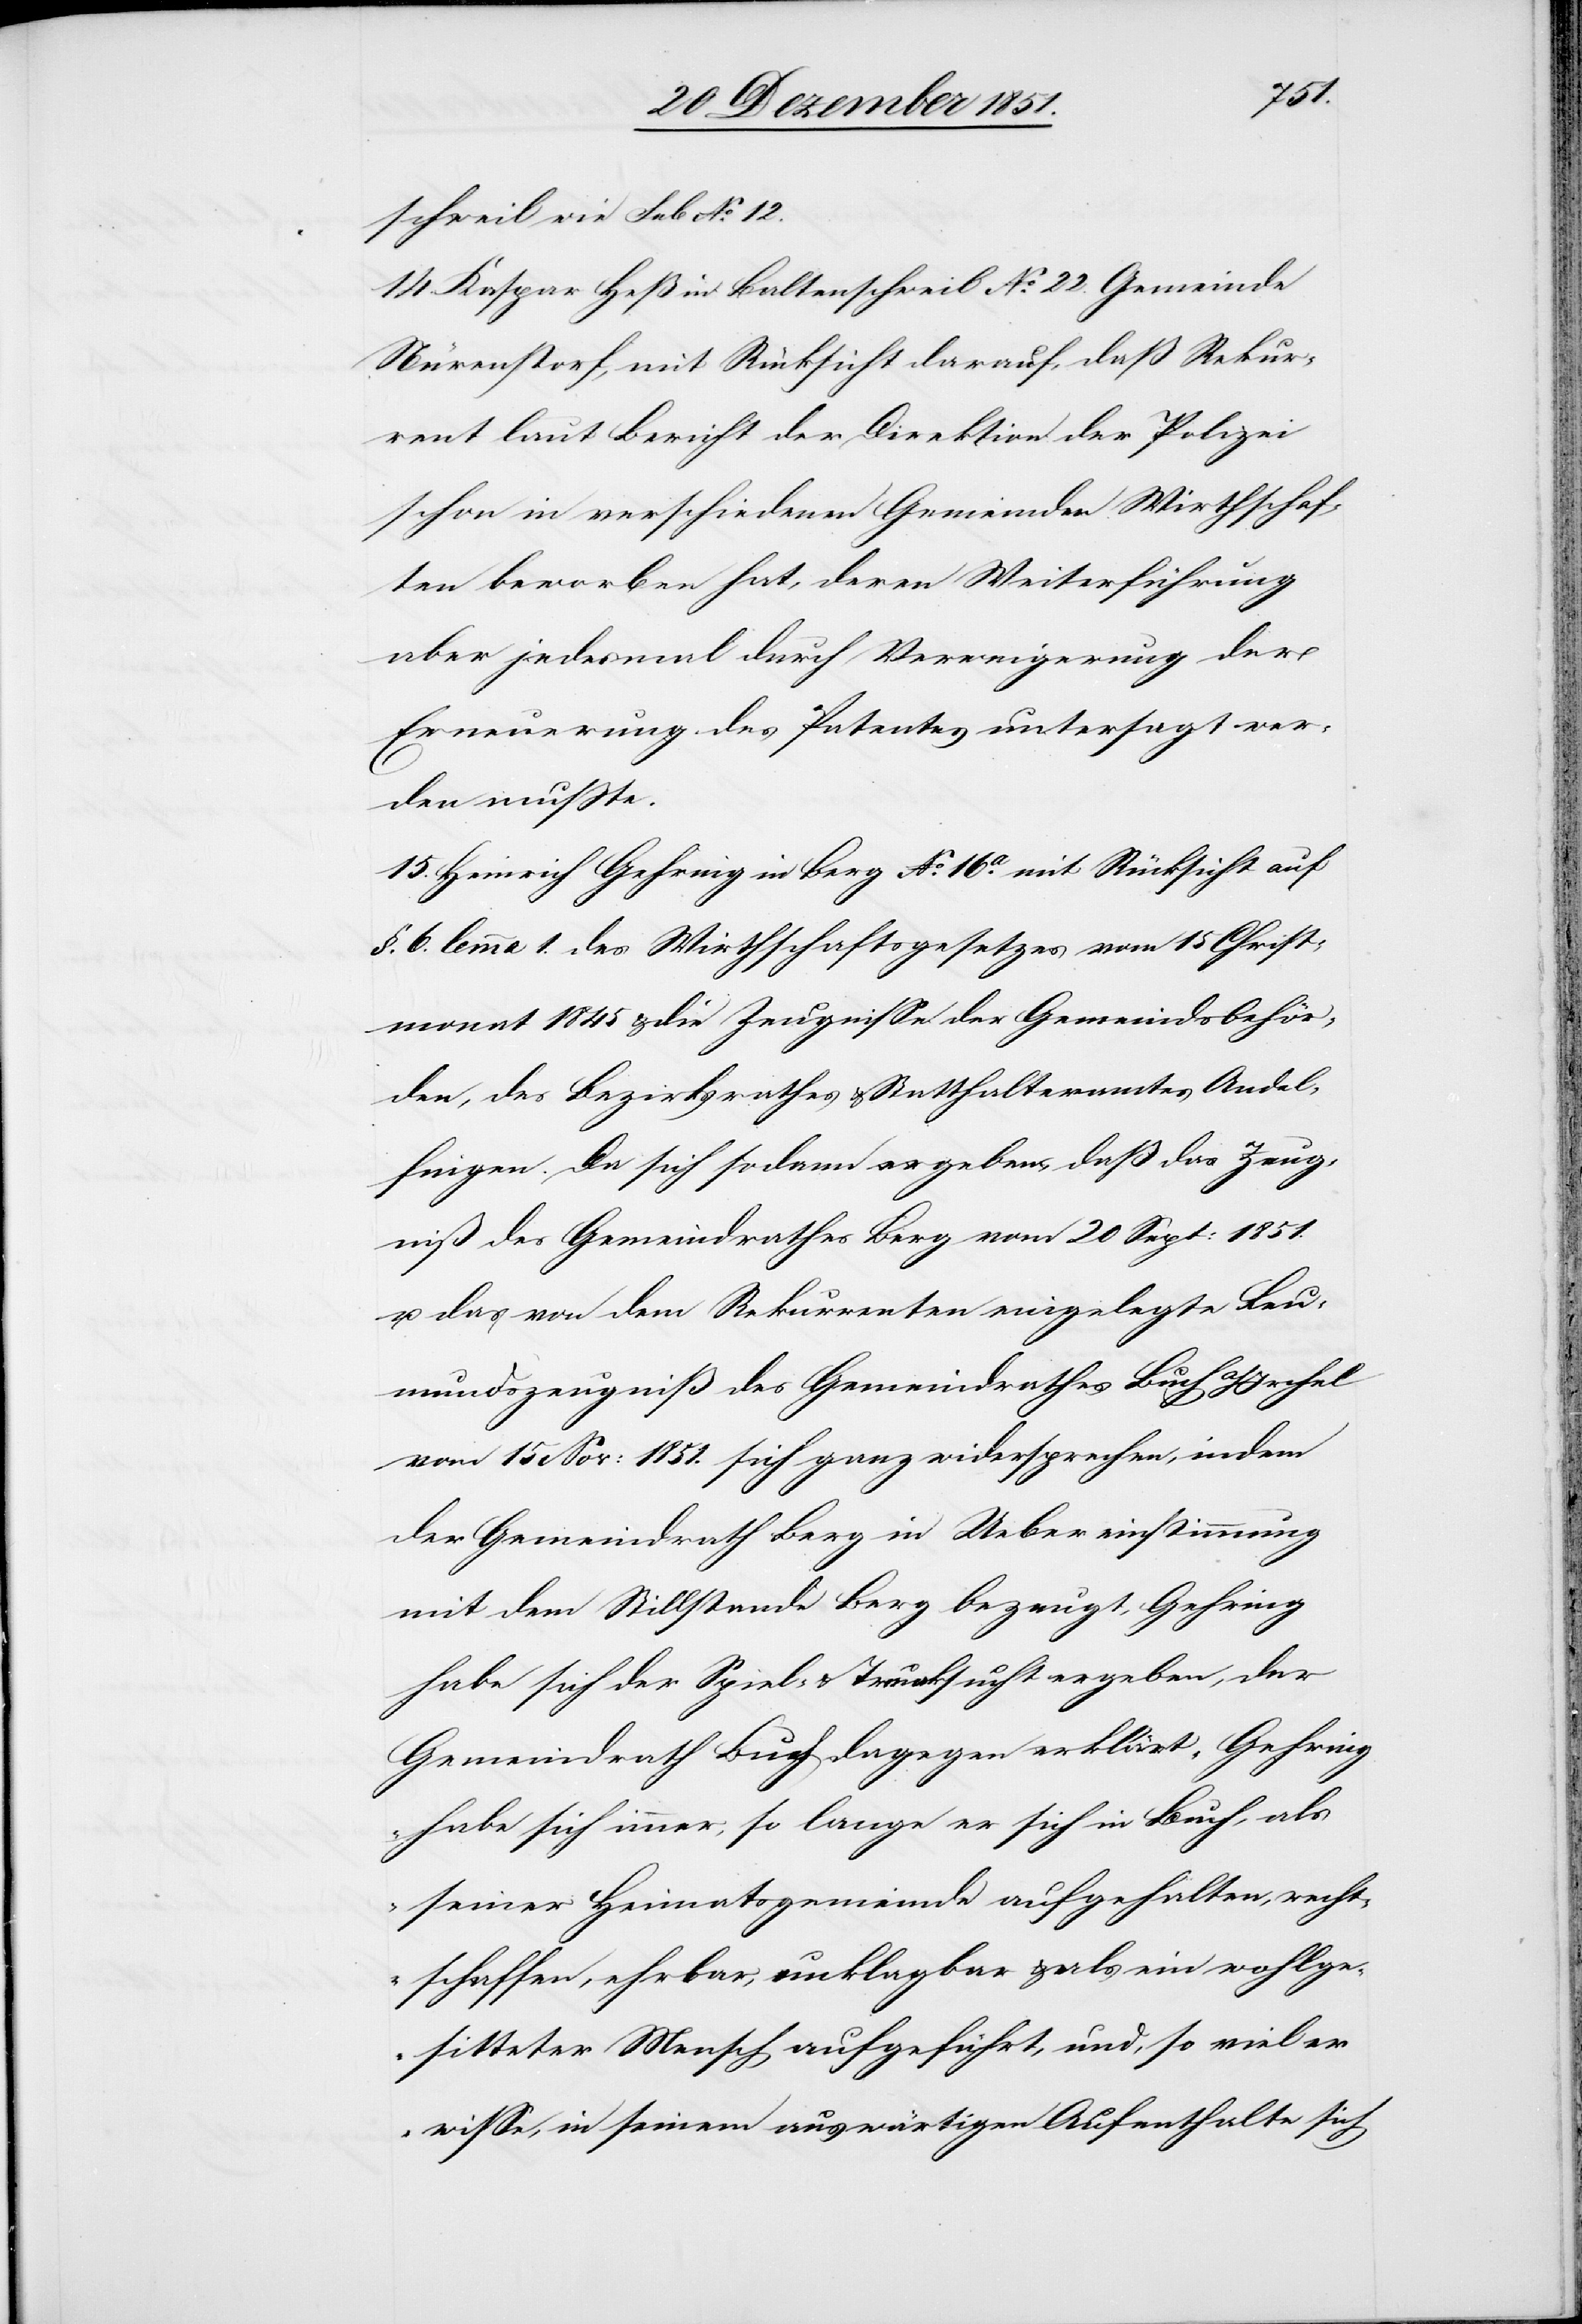
schweil wie sub No. 12.
14. Kaspar Heß in Baltenschweil No. 22. Gemeinde
Nürenstorf, mit Rücksicht darauf, daß Rekur¬
rent laut Bericht der Direktion der Polizei
schon in verschiedenen Gemeinden Wirthschaf¬
ten beworben hat, deren Weiterführung
aber jedesmal durch Verweigerung der
Erneuerung des Patentes untersagt wer¬
den mußte.
15. Heinrich Gehring in Berg No. 16a. mit Rücksicht auf
§. 6. lemma 1. des Wirthschaftsgesetzes vom 15 Christ¬
monat 1845 & die Zeugnisse der Gemeindsbehör¬
den, des Bezirksrathes & Statthalteramtes Andel¬
fingen. Da sich sodann ergeben, daß das Zeug¬
niß des Gemeindrathes Berg vom 20 Sept: 1851.
u. das von dem Rekurrenten eingelegte Leu¬
mundszeugniß des Gemeindrathes Buch
vom 15 Nov: 1851. sich ganz widersprechen, indem
der Gemeindrath Berg in Uebereinstimmung
mit dem Stillstande Berg bezeugt, Gehring
habe sich der Spiel- & Trunksucht ergeben, der
Gemeindrath Buch dagegen erklärt „Gehring
habe sich immer, so lange er sich in Buch, als
seiner Heimatsgemeinde aufgehalten, recht¬
schaffen, ehrbar, unklagbar & als ein wohlge¬
sitteter Mensch aufgeführt, und, so viel er
wisse, in seinem auswärtigen Aufenthalte sich